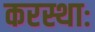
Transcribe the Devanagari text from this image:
करस्थाः